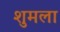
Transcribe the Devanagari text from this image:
शुमला